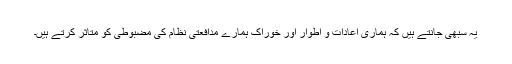
یہ سبھی جانتے ہیں کہ ہماری اعادات و اطوار اور خوراک ہمارے مدافعتی نظام کی مضبوطی کو متاثر کرتے ہیں۔